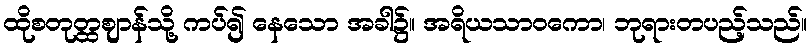
ထိုစတုတ္ထဈာန်သို့ ကပ်၍ နေသော အခါ၌။ အရိယသာဝကော၊ ဘုရားတပည့်သည်။